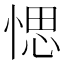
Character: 愢